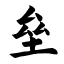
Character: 垒